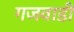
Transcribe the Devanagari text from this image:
गजवाडी